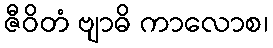
ဇီဝိတံ ဗျာဓိ ကာလောစ၊